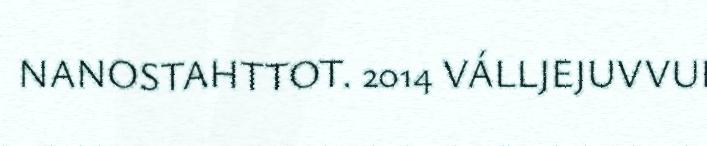
NANOSTAHTTOT. 2014 VÁLLJEJUVVUI